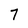
Character: 7